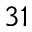
^ { 3 1 }